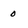
Character: 0